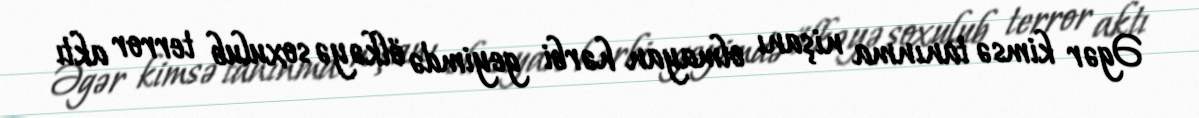
Əgər kimsə tanınma nişanı olmayan hərbi geyimdə ölkəyə soxulub terror aktı